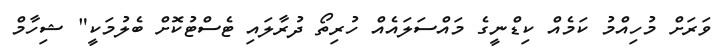
ވަރަށް މުހިއްމު ކަމެއް ކިޑްނީގެ މައްސަލައެއް ހުރިތޯ ދުރާލައި ޓެސްޓުކޮށް ބެލުމަކީ" ޝިހާމް